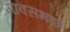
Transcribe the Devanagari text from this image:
मावसभाऊ